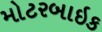
મોટરબાઇક